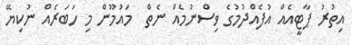
އިތުރު ޕާޓީއެއް އުފެއްދުމުގެ ވިސްނުމެއް ނެތް  މައުމޫން މި ހަބަރެއް ނުކިޔޭ